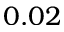
0 . 0 2